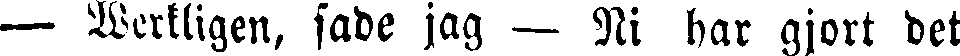
— Werkligen, sade jag — Ni har gjort det